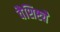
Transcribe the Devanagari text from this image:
वैशिष्ट्येेे